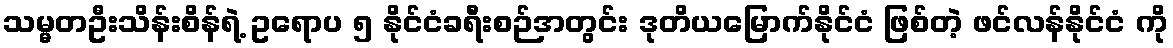
သမ္မတဦးသိန်းစိန်ရဲ့ ဥရောပ ၅ နိုင်ငံခရီးစဉ်အတွင်း ဒုတိယမြောက်နိုင်ငံ ဖြစ်တဲ့ ဖင်လန်နိုင်ငံ ကို